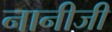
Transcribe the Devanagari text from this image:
नानीजी